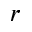
r